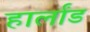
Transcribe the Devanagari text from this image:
हार्लांड